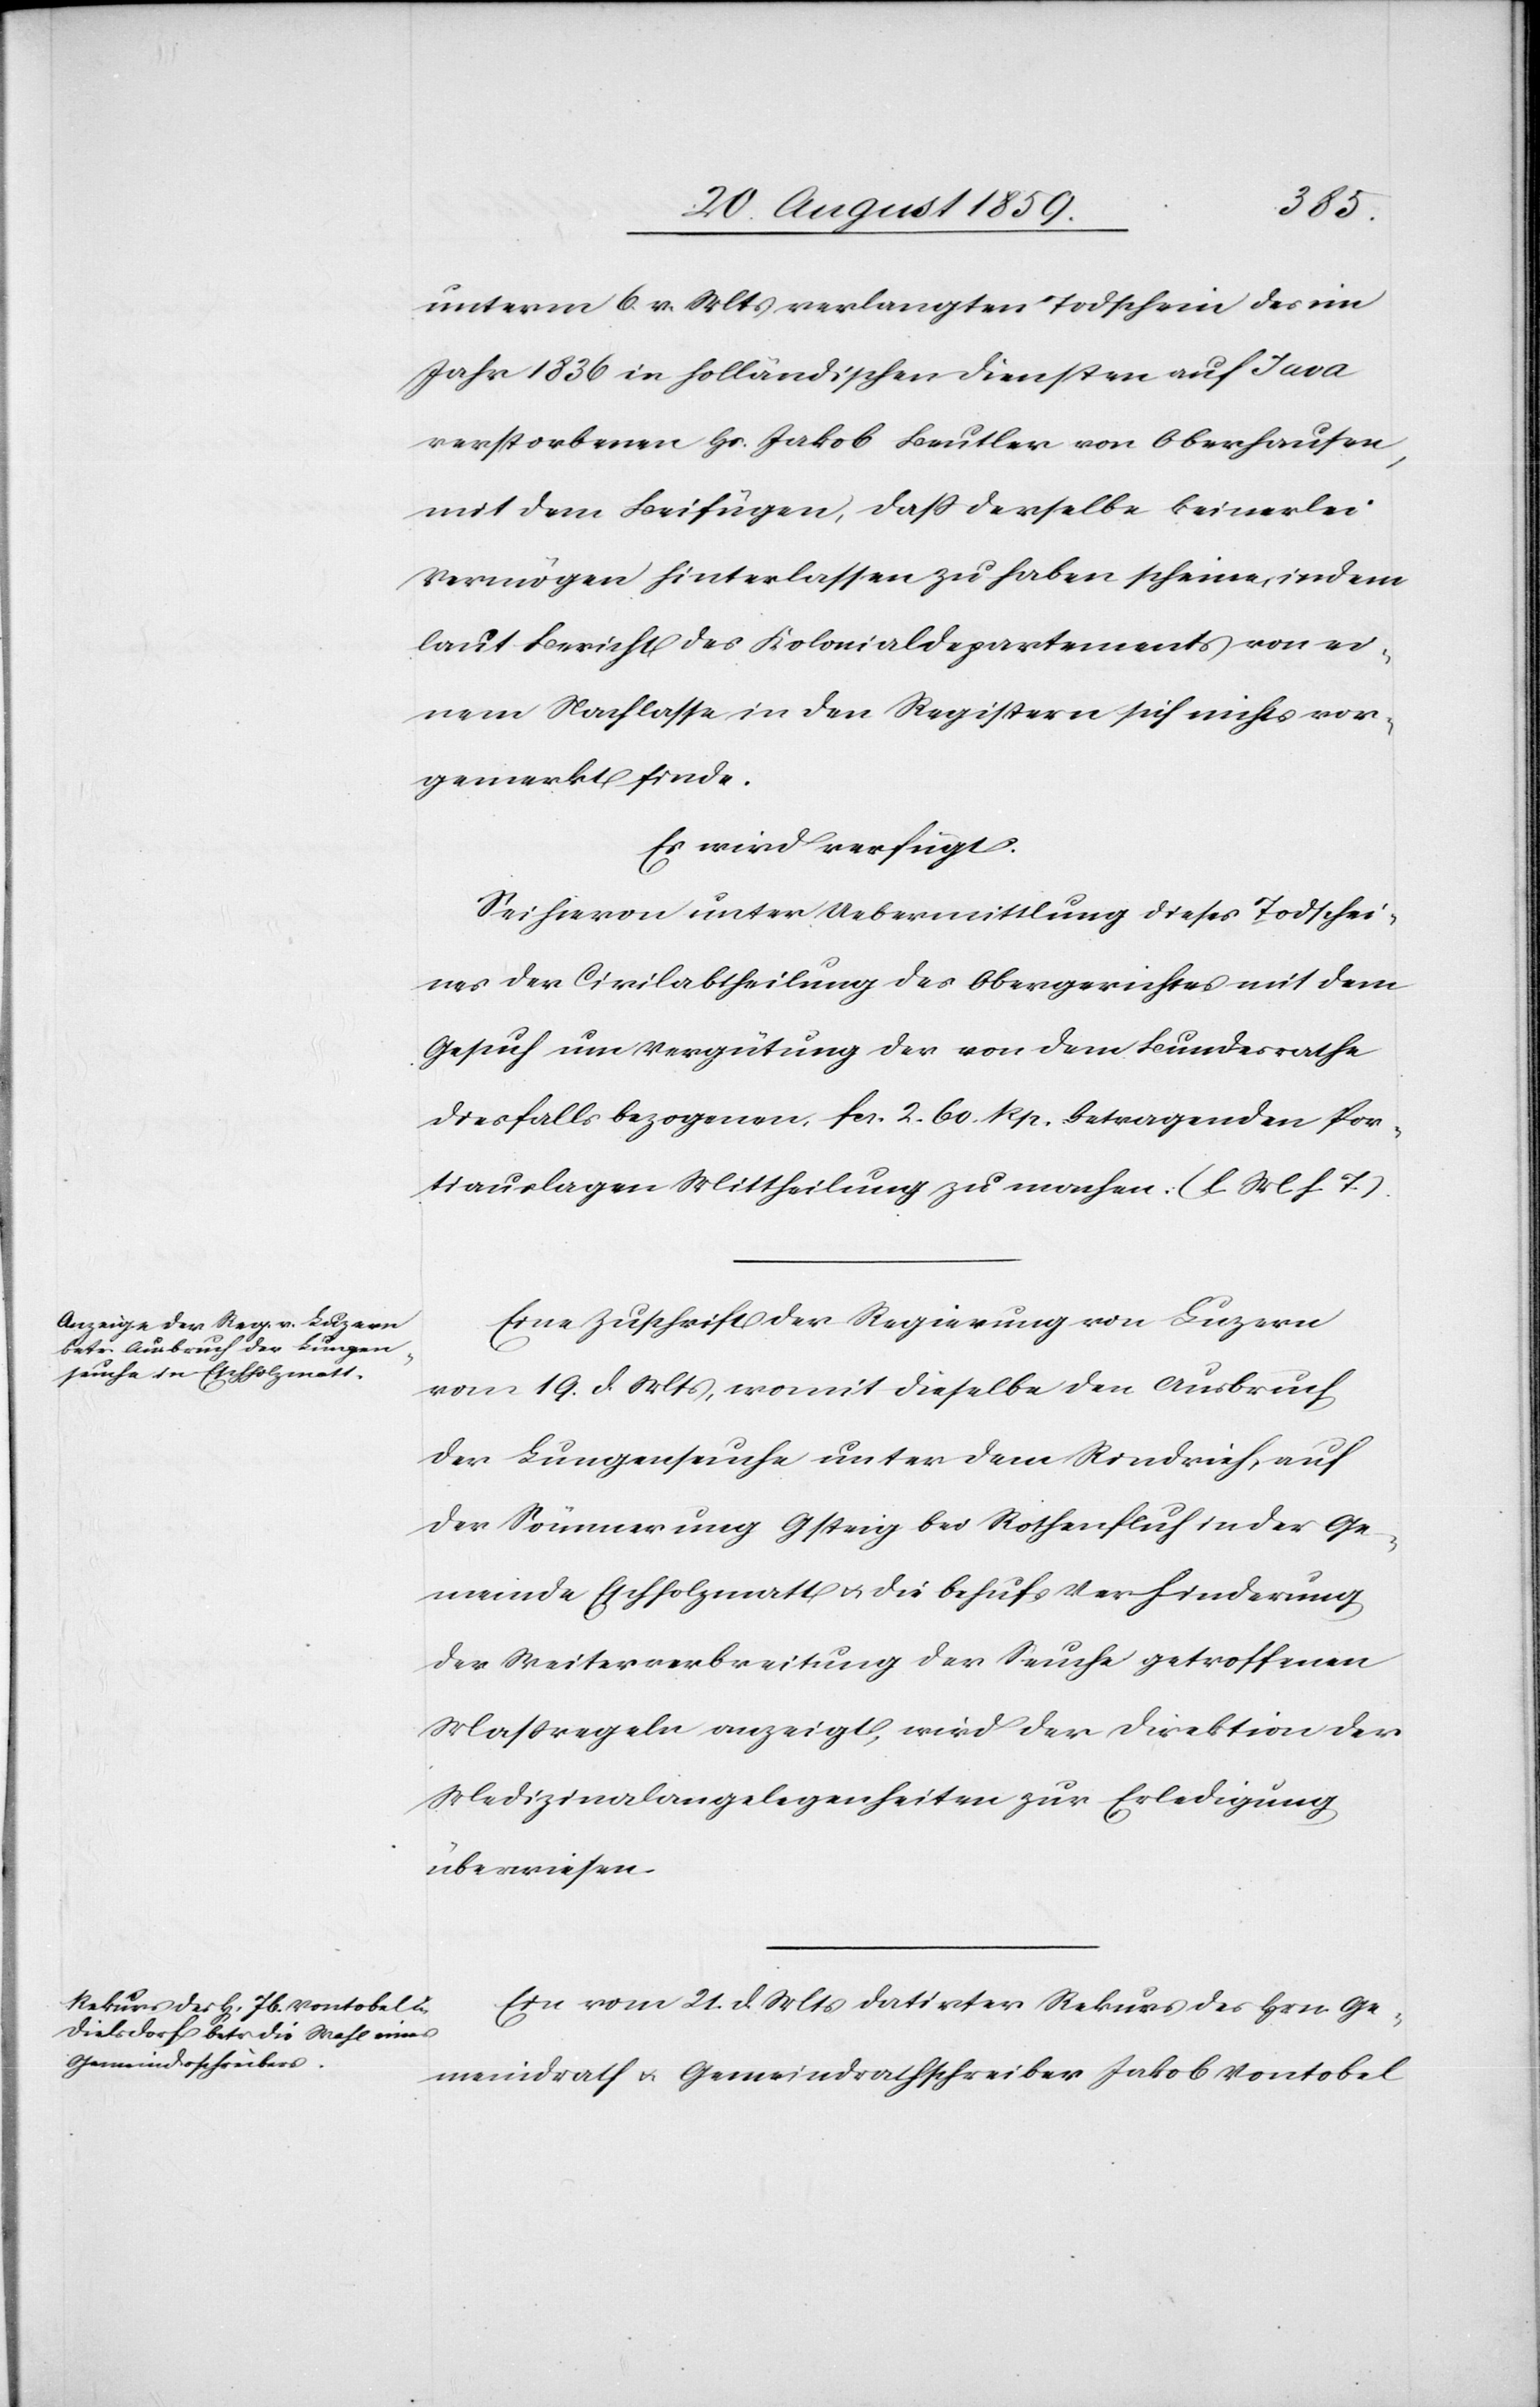
22. August 1859.]
unterm 6. v. Mts. verlangten Todschein des im
Jahr 1836 in holländischen Diensten auf Java
verstorbenen Hs. Jakob Beutler von Oberhausen,
mit dem Beifügen, daß derselbe keinerlei
Vermögen hinterlassen zu haben scheine, indem
laut Bericht des Kolonialdepartements von ei¬
nem Nachlasse in den Registern sich nichts vor¬
gemerkt finde.
Es wird verfügt:
Sei hievon unter Uebermittlung dieses Todschei¬
nes der Civilabtheilung des Obergerichtes mit dem
Gesuch um Vergütung der von dem Bundesrathe
diesfalls bezogenen fcs. 2. 60. Rp. betragenden Por¬
tiauslagen Mittheilung zu machen. (l. M. h. T.)
Eine Zuschrift der Regierung von Luzern
vom 19. d. Mts., womit dieselbe den Ausbruch
der Lungenseuche unter dem Rindvieh, auf
der Sümmerung Gsteig bei Rothenfluh in der Ge¬
meinde Eschholzmatt & die behufs Verhinderung
der Weiterverbreitung der Seuche getroffenen
Maßregeln anzeigt, wird der Direktion der
Medizinalangelegenheiten zur Erledigung
überwiesen.
Ein vom 21. d. Mts. datirter Rekurs des Hrn. Ge¬
meindrath & Gemeindrathschreiber Jakob Vontobel